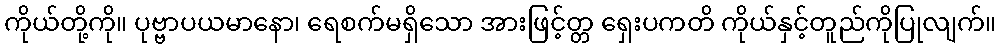
ကိုယ်တို့ကို။ ပုဗ္ဗာပယမာနော၊ ရေစက်မရှိသော အားဖြင့်တ္တ ရှေးပကတိ ကိုယ်နှင့်တူည်ကိုပြုလျက်။